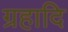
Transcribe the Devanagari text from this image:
ग्रहादि